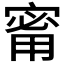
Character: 𪧟